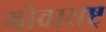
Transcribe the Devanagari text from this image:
गोवाराष्ट्र